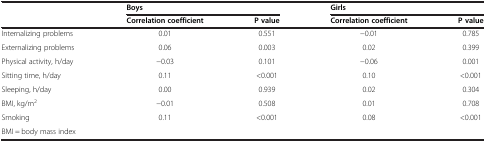
<table><thead><tr><td><b> </b></td><td colspan="2"><b>Boys</b></td><td colspan="2"><b>Girls</b></td></tr><tr><td><b> </b></td><td><b>Correlation coefficient</b></td><td><b>P value</b></td><td><b>Correlation coefficient</b></td><td><b>P value</b></td></tr></thead><tbody><tr><td>Internalizing problems</td><td>0.01</td><td>0.551</td><td>−0.01</td><td>0.785</td></tr><tr><td>Externalizing problems</td><td>0.06</td><td>0.003</td><td>0.02</td><td>0.399</td></tr><tr><td>Physical activity, h/day</td><td>−0.03</td><td>0.101</td><td>−0.06</td><td>0.001</td></tr><tr><td>Sitting time, h/day</td><td>0.11</td><td>&lt;0.001</td><td>0.10</td><td>&lt;0.001</td></tr><tr><td>Sleeping, h/day</td><td>0.00</td><td>0.939</td><td>0.02</td><td>0.304</td></tr><tr><td>BMI, kg/m<sup>2</sup></td><td>−0.01</td><td>0.508</td><td>0.01</td><td>0.708</td></tr><tr><td>Smoking</td><td>0.11</td><td>&lt;0.001</td><td>0.08</td><td>&lt;0.001</td></tr><tr><td>BMI = body mass index</td><td> </td><td> </td><td> </td><td> </td></tr></tbody></table>